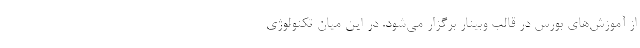
از آموزش‌های بورس در قالب وبینار برگزار می‌شود. در این میان تکنولوژی